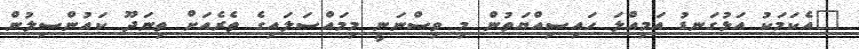
"އެކަމަކު އަޅުގަނޑު އަމިއްލަ ހައިސިއްޔަތުން މި ވިސްނަނީ މިމައްސަލައިގެ ތެރެއަށް ތިނަދޫ ކައުންސިލުން